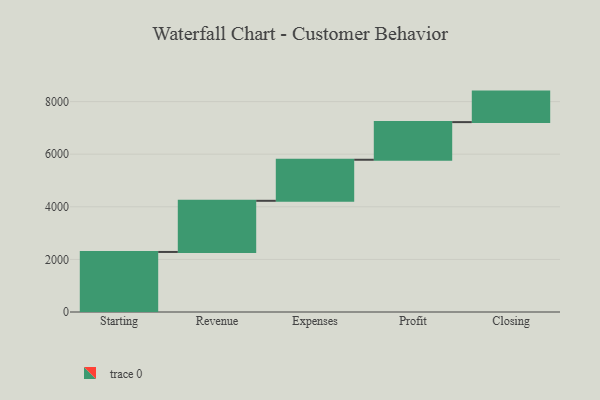
{"axis": {"x": "Step", "y": "Value"}, "legend": [""], "data": [{"x": "Starting", "y": 2283.0, "type": ""}, {"x": "Revenue", "y": 1945.0, "type": ""}, {"x": "Expenses", "y": 1561.0, "type": ""}, {"x": "Profit", "y": 1431.0, "type": ""}, {"x": "Closing", "y": 1160.0, "type": ""}]}